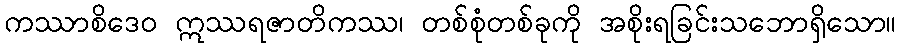
ကဿာစိဒေဝ ဣဿရဇာတိကဿ၊ တစ်စုံတစ်ခုကို အစိုးရခြင်းသဘောရှိသော။